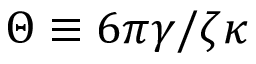
\Theta \equiv 6 \pi \gamma / \zeta \kappa